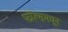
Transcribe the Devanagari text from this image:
फॉल्समधून